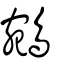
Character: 鵷